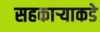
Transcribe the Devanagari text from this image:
सहकार्‍याकडे